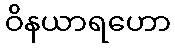
ဝိနယာရဟော